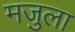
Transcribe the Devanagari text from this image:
मजुला